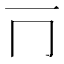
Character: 𰀃